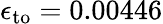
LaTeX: \epsilon_{\mathrm{to}}=0.00446